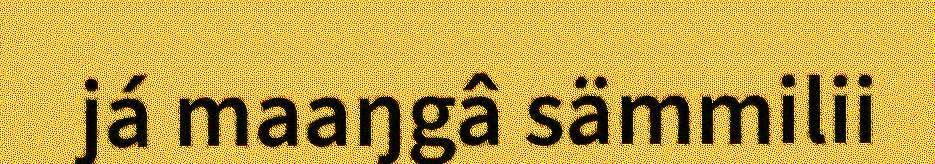
já maaŋgâ sämmilii